Annual administration and progress report of the Indian Medical Department, Bombay
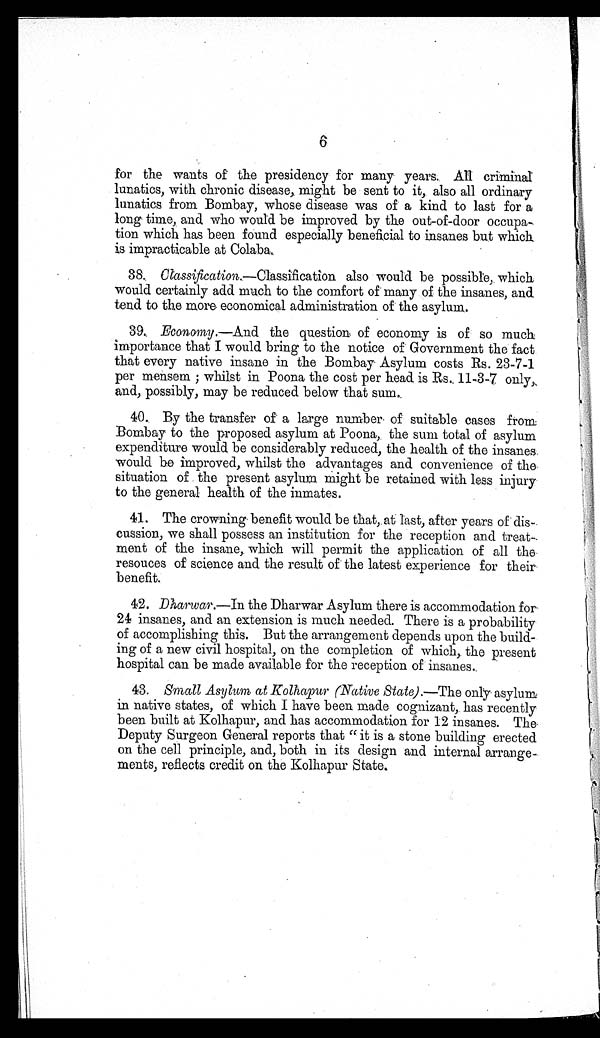
6
for the wants of the presidency for many years. All criminal
lunatics, with chronic disease,. might be sent to it, also all ordinary
lunatics from Bombay, whose disease was of a kind to last for a
long time, and who would be improved by the out-of-door occupa
-
tion which has been found especially beneficial to insanes but which
is impracticable at Colaba
.
38. Classification.—Classification also would be possible, which
would certainly add much to the comfort of many of the insanes, and
tend. to the more economical administration of the asylum.
39. Economy .—And the question of economy is of so much
importance that I would bring to the notice of Government the fact
that every native insane in the Bombay Asylum costs Rs. 23-7-1
per mensem ; whilst in Poona the cost per head is Rs.11-3-7 only,
and, possibly, may be reduced below that sum.
40. By the transfer of a large number of suitable cases from
Bombay to the proposed asylum at Poona, the sum total of asylum
expenditure would be considerably reduced, the health of the insanes
would be improved, whilst the advantages and convenience of the
situation of the present asylum might be retained with less injury
to the general health of the inmates.
41. The crowning. benefit would be that, at last, after years of dis-
cussion, we shall possess an institution for the reception and treat
-
ment of the insane, which will permit the application of all the
resouces of science and the result of the latest experience for their
benefit.
42. Dharwar.—In the Dharwar Asylum there is accommodation for
24 insanes, and an extension is much needed. There is a probability
of accomplishing this. But the arrangement depends upon the build
-
ing of a new civil hospital, on the completion of which, the present
hospital can be made available for the reception of insanes.
43. Small Asylum at Kolhapur (Native State) .—The only asylum
in native states, of which I have been made cognizant, has recently
been built at Kolhapur, and has accommodation for 12 insanes. The
Deputy Surgeon General reports that "it is a stone building erected
on the cell principle, and, both in its design and internal arrange
-
ments, reflects credit on the Kolhapur State.